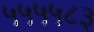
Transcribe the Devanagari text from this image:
५५५५८३